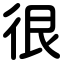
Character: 很